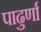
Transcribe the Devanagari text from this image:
पाढुर्णा